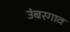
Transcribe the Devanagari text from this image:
उंबरगाव